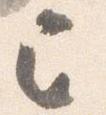
已